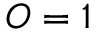
O = 1